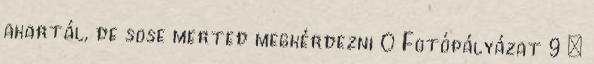
akartál, de sose merted megkérdezni 0 Fotópályázat 9 –